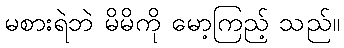
မစားရဲဘဲ မိမိကို မော့ကြည့် သည်။